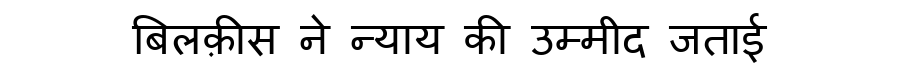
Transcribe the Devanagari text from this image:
बिलक़ीस ने न्याय की उम्मीद जताई